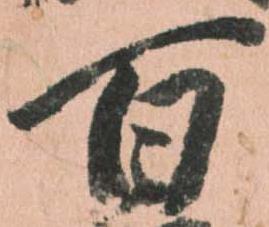
百